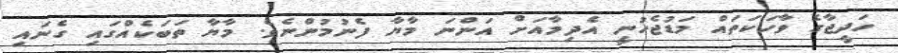
ހަދީޖާގެ ވާހަކަތައް މަޑުޖެހުނީ އެދިމާއަށް އަންނަ މާޔާ ފެނުމުންނެވެ. މާޔާ ތަބަކެއްގައި ގެނައި